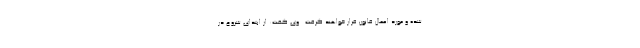
شده و مورد اعمال قانون قرار خواهند گرفت . وی گفت: از ابتدای شروع در